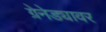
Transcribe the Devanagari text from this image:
ग्रेनेड्यावर